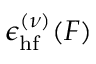
\epsilon _ { \mathrm { h f } } ^ { ( \nu ) } ( F )